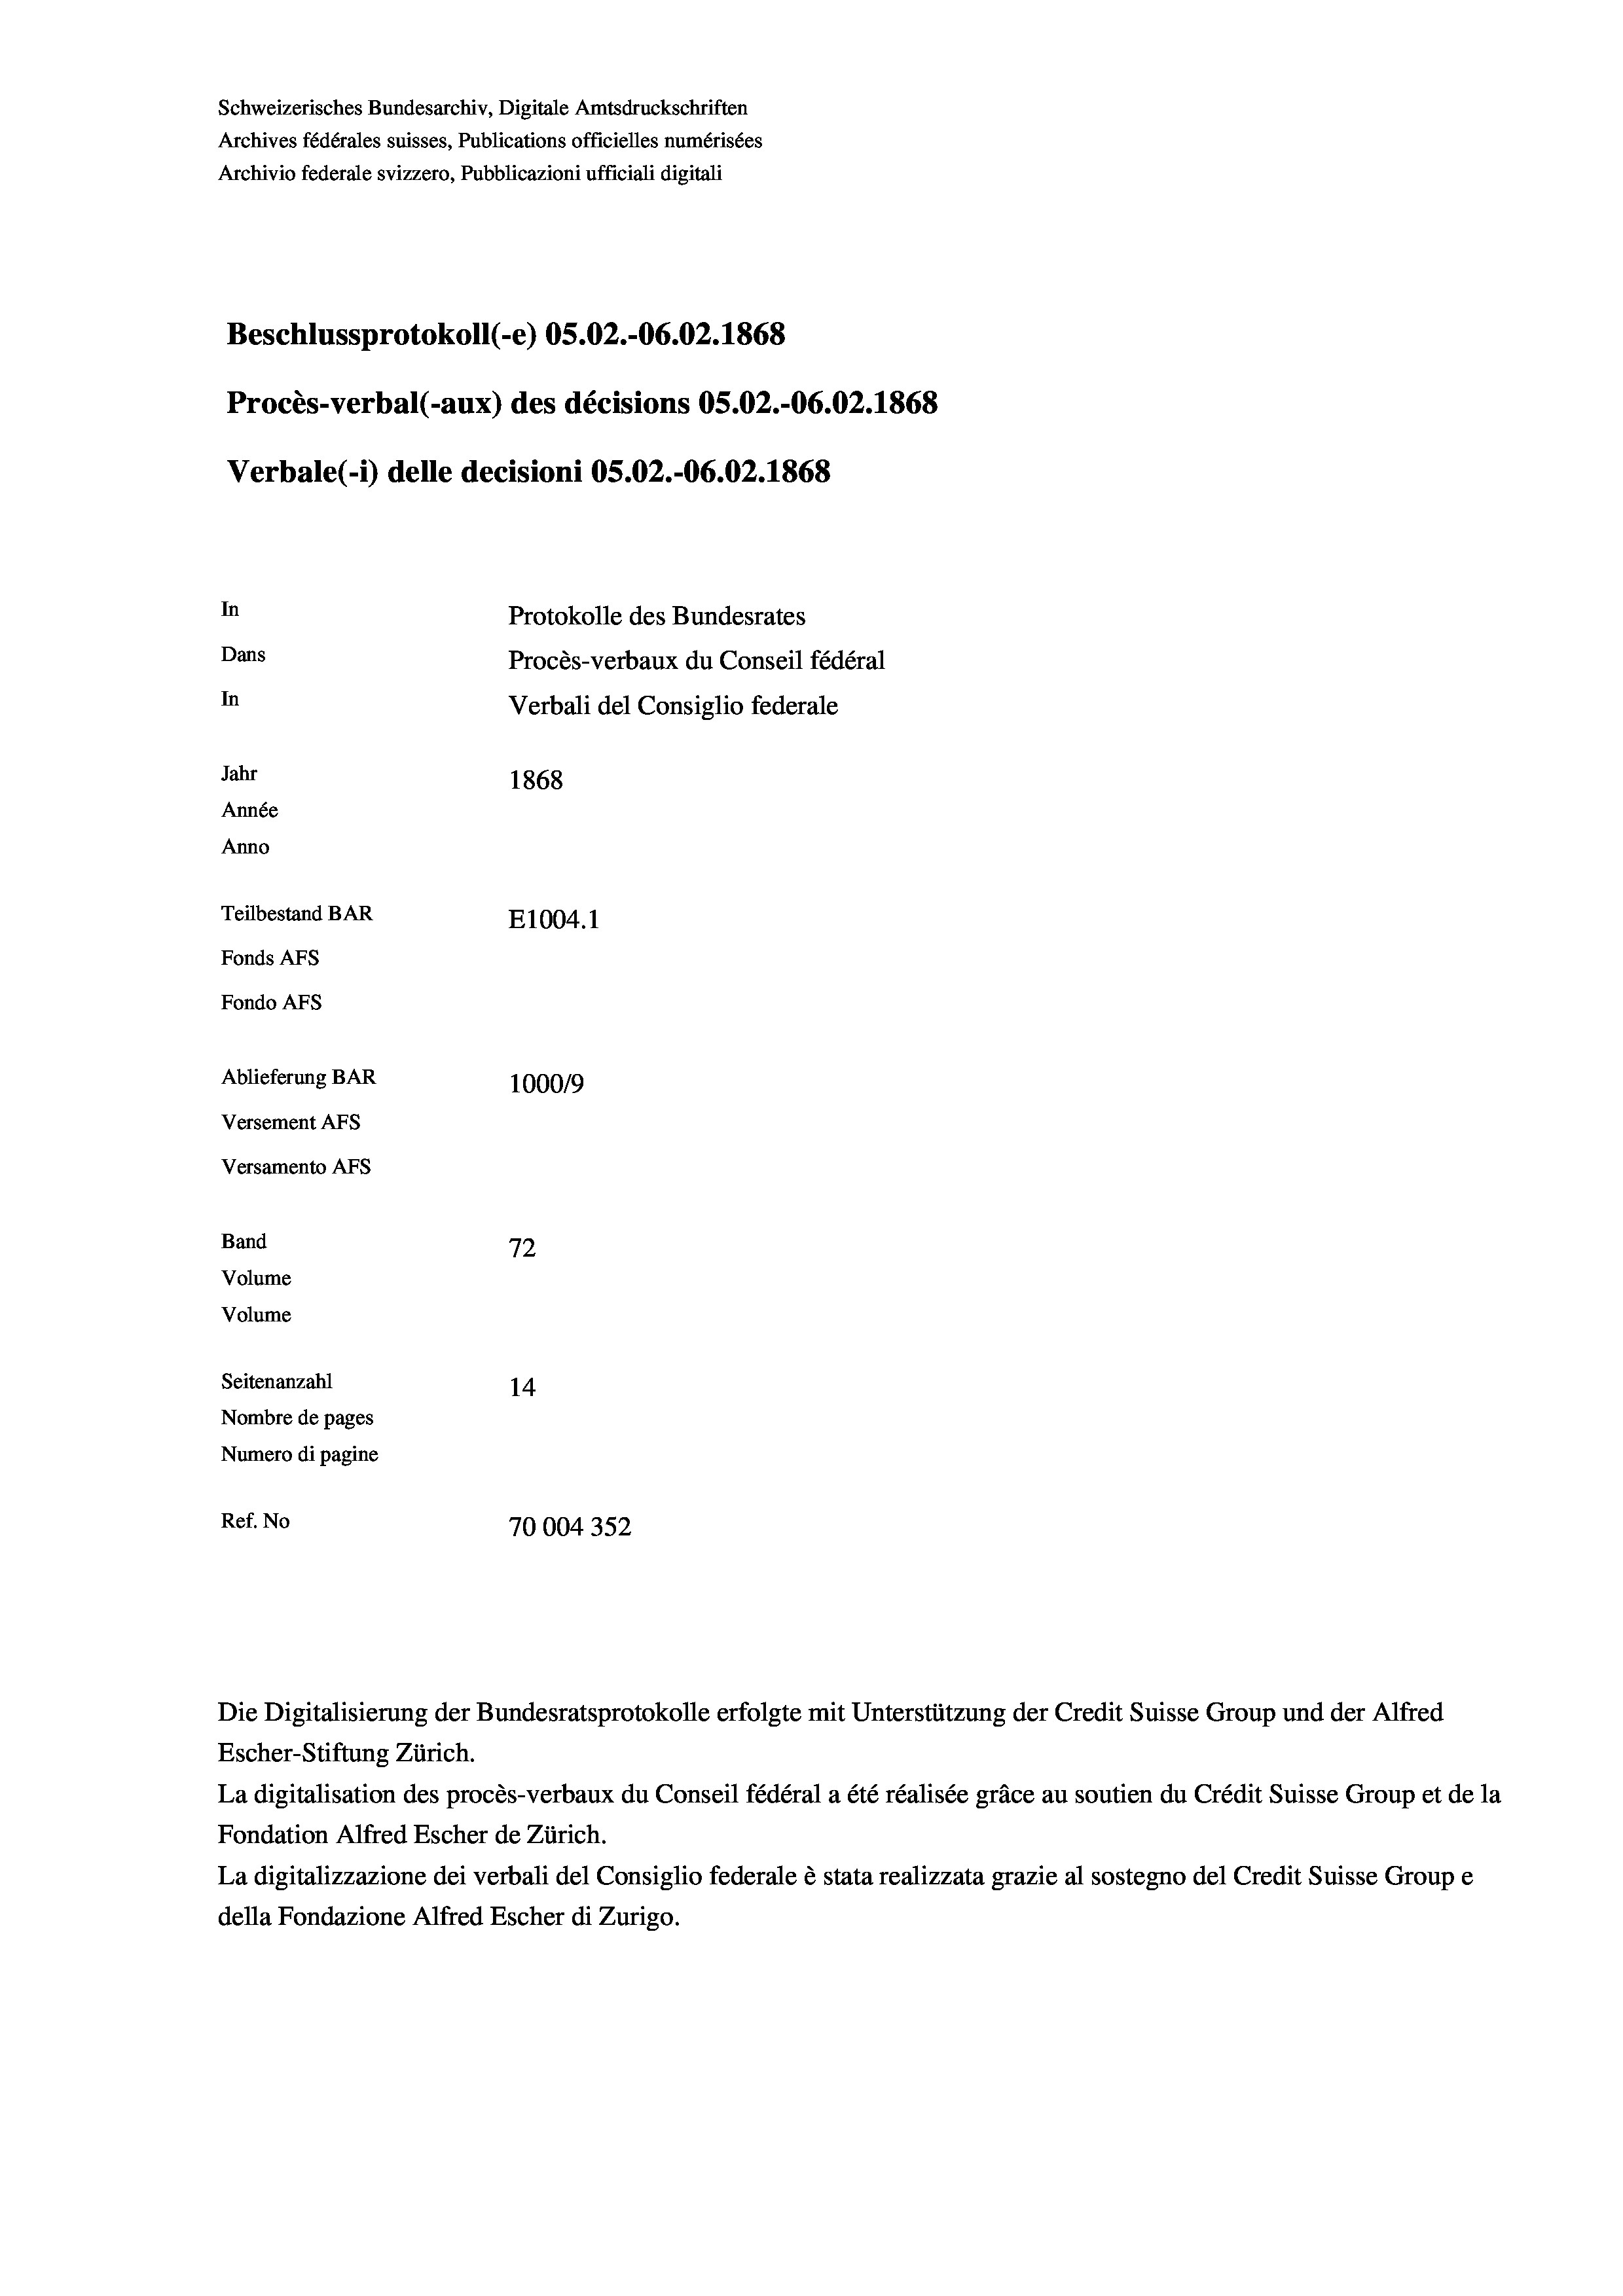
Schweizerisches Bundesarchiv, Digitale Amtsdruckschriften
Archives fédérales suisses, Publications officielles numérisées
Archivio federale svizzero, Pubblicazioni ufficiali digitali
Beschlussprotokoll (-e) OS.02.-06.02. 1868
Procès-verbal (-aux) des décisions OS.02.-06.02. 1868
Verbale (1) delle decisioni OS.02.-06.02. 1868
In
Protokolle des Bundesrates
Dans
Procès-verbaux du Conseil fédéral
In
Verbali del Consiglio federale
Jahr
1868
Année
Anno
Teilbestand BAR
E1004. 1
Fonds AFs
Fondo Afs
Ablieferung BAR
100019
Versement AFs
Versamento Afs
Band
72
Volume
Volume
Seitenanzahl
14

Nombre de pages
Numero di pagine
Ref. No
10004352

Escher-Stiftung Zürich.
La digitalisation des procès-verbaux du Conseil fédéral a été réalisée gräce au soutien du Crédit Suisse Group et de la
Fondation Alfred Escher de Zürich.
La digitalizzazione dei verbali del Consiglio federale è stata realizzata grazie al sostegno del Credit Suisse Groupe
della Fondazione Alfred Escher di Zurigo.

Die Digitalisierung der Bundesratsprotokolle erfolgte mit Unterstützung der Credit Suisse Group und der Alfred